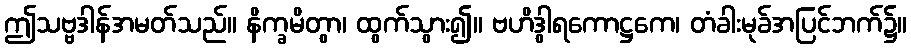
ဤသဗ္ဗဒါန်အမတ်သည်။ နိက္ခမိတွာ၊ ထွက်သွား၍။ ဗဟိဒွါရကောဋ္ဌကေ၊ တံခါးမုခ်အပြင်ဘက်၌။